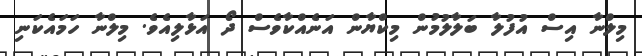
މިލްނާ އިސް އުފުލާ ބަލާލުމުން މިކްޔާން އަނެއްކާވެސް ދޯ އަޅާލިއެވެ. މިލްނާ ހަމައެކަނި